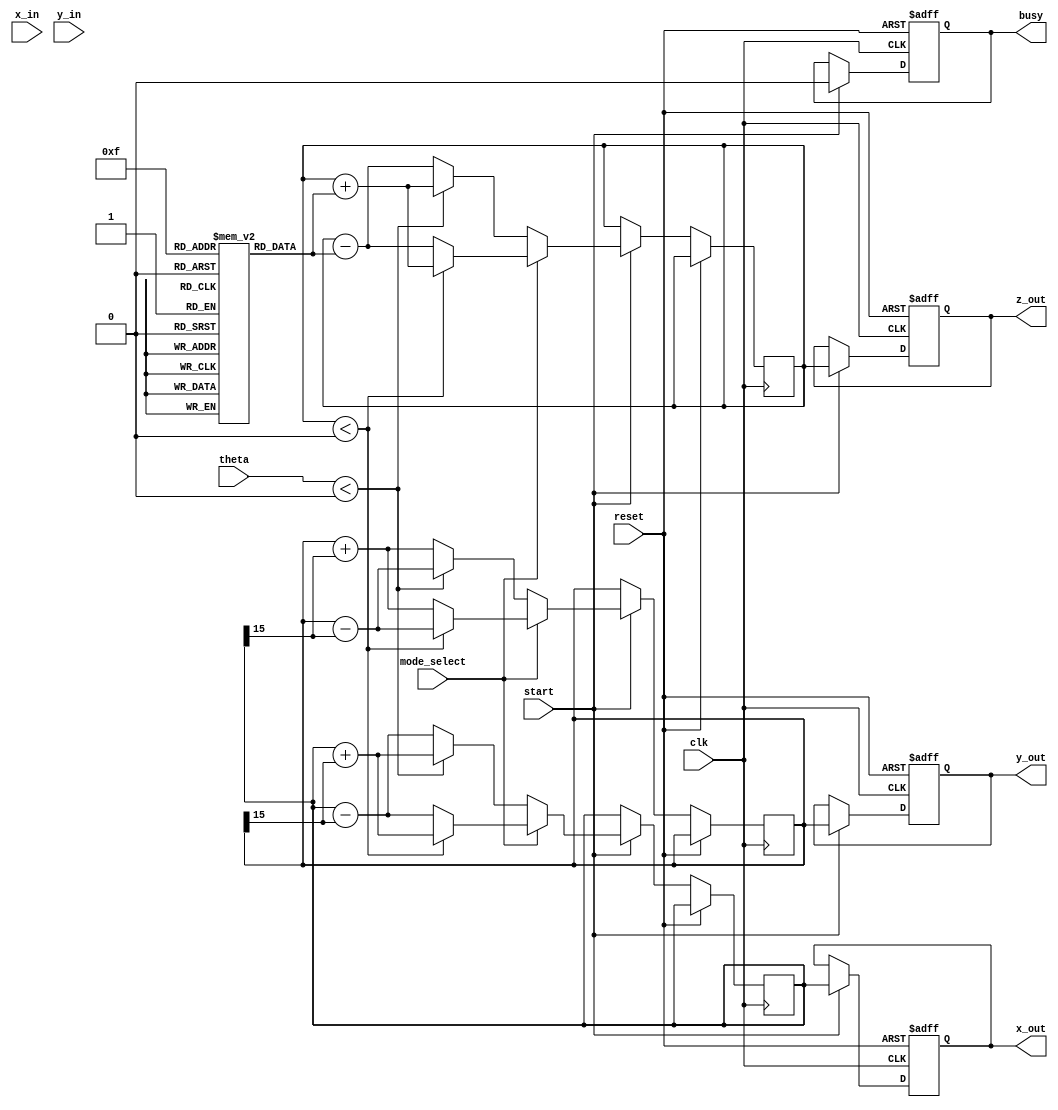
module cordic_fixed (
    input wire clk,
    input wire reset,
    input wire start,
    input wire mode_select, // 0 for rotation, 1 for vectoring
    input wire signed [15:0] theta, // Angle input in fixed-point (rad)
    input wire signed [15:0] x_in,   // Initial X input
    input wire signed [15:0] y_in,   // Initial Y input
    output reg signed [15:0] x_out,  // X output
    output reg signed [15:0] y_out,  // Y output
    output reg signed [15:0] z_out,  // Z output (only used in vectoring mode)
    output reg busy  // Busy signal indicates operation in process
);

// Parameters
parameter INTEGER_WORD_LENGTH = 16;
parameter FRACTIONAL_BITS = 14;
parameter ITERATIONS = 16;

// Precomputed arctangent values
reg signed [INTEGER_WORD_LENGTH-1:0] atan_table [0:ITERATIONS-1];

initial begin
    atan_table[0] = 16'h4000; // atan(2^0) = 1.0
    atan_table[1] = 16'h2000; // atan(2^-1) = 0.5
    atan_table[2] = 16'h1666; // atan(2^-2) = 0.3333...
    atan_table[3] = 16'h0D66; // atan(2^-3) = 0.2...
    atan_table[4] = 16'h0A3D; // atan(2^-4) = 0.125
    atan_table[5] = 16'h0524; // atan(2^-5) = 0.0625
    atan_table[6] = 16'h028F; // atan(2^-6) = 0.03125
    atan_table[7] = 16'h0146; // atan(2^-7) = 0.015625
    atan_table[8] = 16'h00A3; // atan(2^-8) = 0.0078125
    atan_table[9] = 16'h0051; // atan(2^-9) = 0.00390625
    atan_table[10] = 16'h0028; // atan(2^-10) = 0.001953125
    atan_table[11] = 16'h0014; // atan(2^-11) = 0.0009765625
    atan_table[12] = 16'h000A; // atan(2^-12) = 0.00048828125
    atan_table[13] = 16'h0005; // atan(2^-13) = 0.000244140625
    atan_table[14] = 16'h0002; // atan(2^-14) = 0.0001220703125
    atan_table[15] = 16'h0001; // atan(2^-15) = 0.00006103515625
end

// Internal registers
reg signed [INTEGER_WORD_LENGTH-1:0] x, y, z;
integer i;

always @(posedge clk or posedge reset) begin
    if (reset) begin
        x_out <= 0;
        y_out <= 0;
        z_out <= 0;
        busy <= 0;
    end else if (start) begin
        busy <= 1;
        x <= x_in;
        y <= y_in;
        z <= mode_select ? 0 : theta; // Initialize Z based on mode

        for (i = 0; i < ITERATIONS; i = i + 1) begin
            if (mode_select == 1) begin // Vectoring mode
                if (z < 0) begin
                    // Apply rotation
                    x <= x + (y >>> i);
                    y <= y - (x >>> i);
                    z <= z + atan_table[i];
                end else begin
                    x <= x - (y >>> i);
                    y <= y + (x >>> i);
                    z <= z - atan_table[i];
                end
            end else begin // Rotation mode
                if (theta < 0) begin
                    x <= x + (y >>> i);
                    y <= y - (x >>> i);
                    z <= z + atan_table[i];
                end else begin
                    x <= x - (y >>> i);
                    y <= y + (x >>> i);
                    z <= z - atan_table[i];
                end
            end
        end
        busy <= 0;
        x_out <= x;
        y_out <= y;
        z_out <= z; // Only valid in vectoring mode
    end
end

endmodule